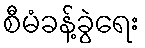
စီမံခန့်ခွဲရေး